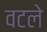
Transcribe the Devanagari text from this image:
वटले